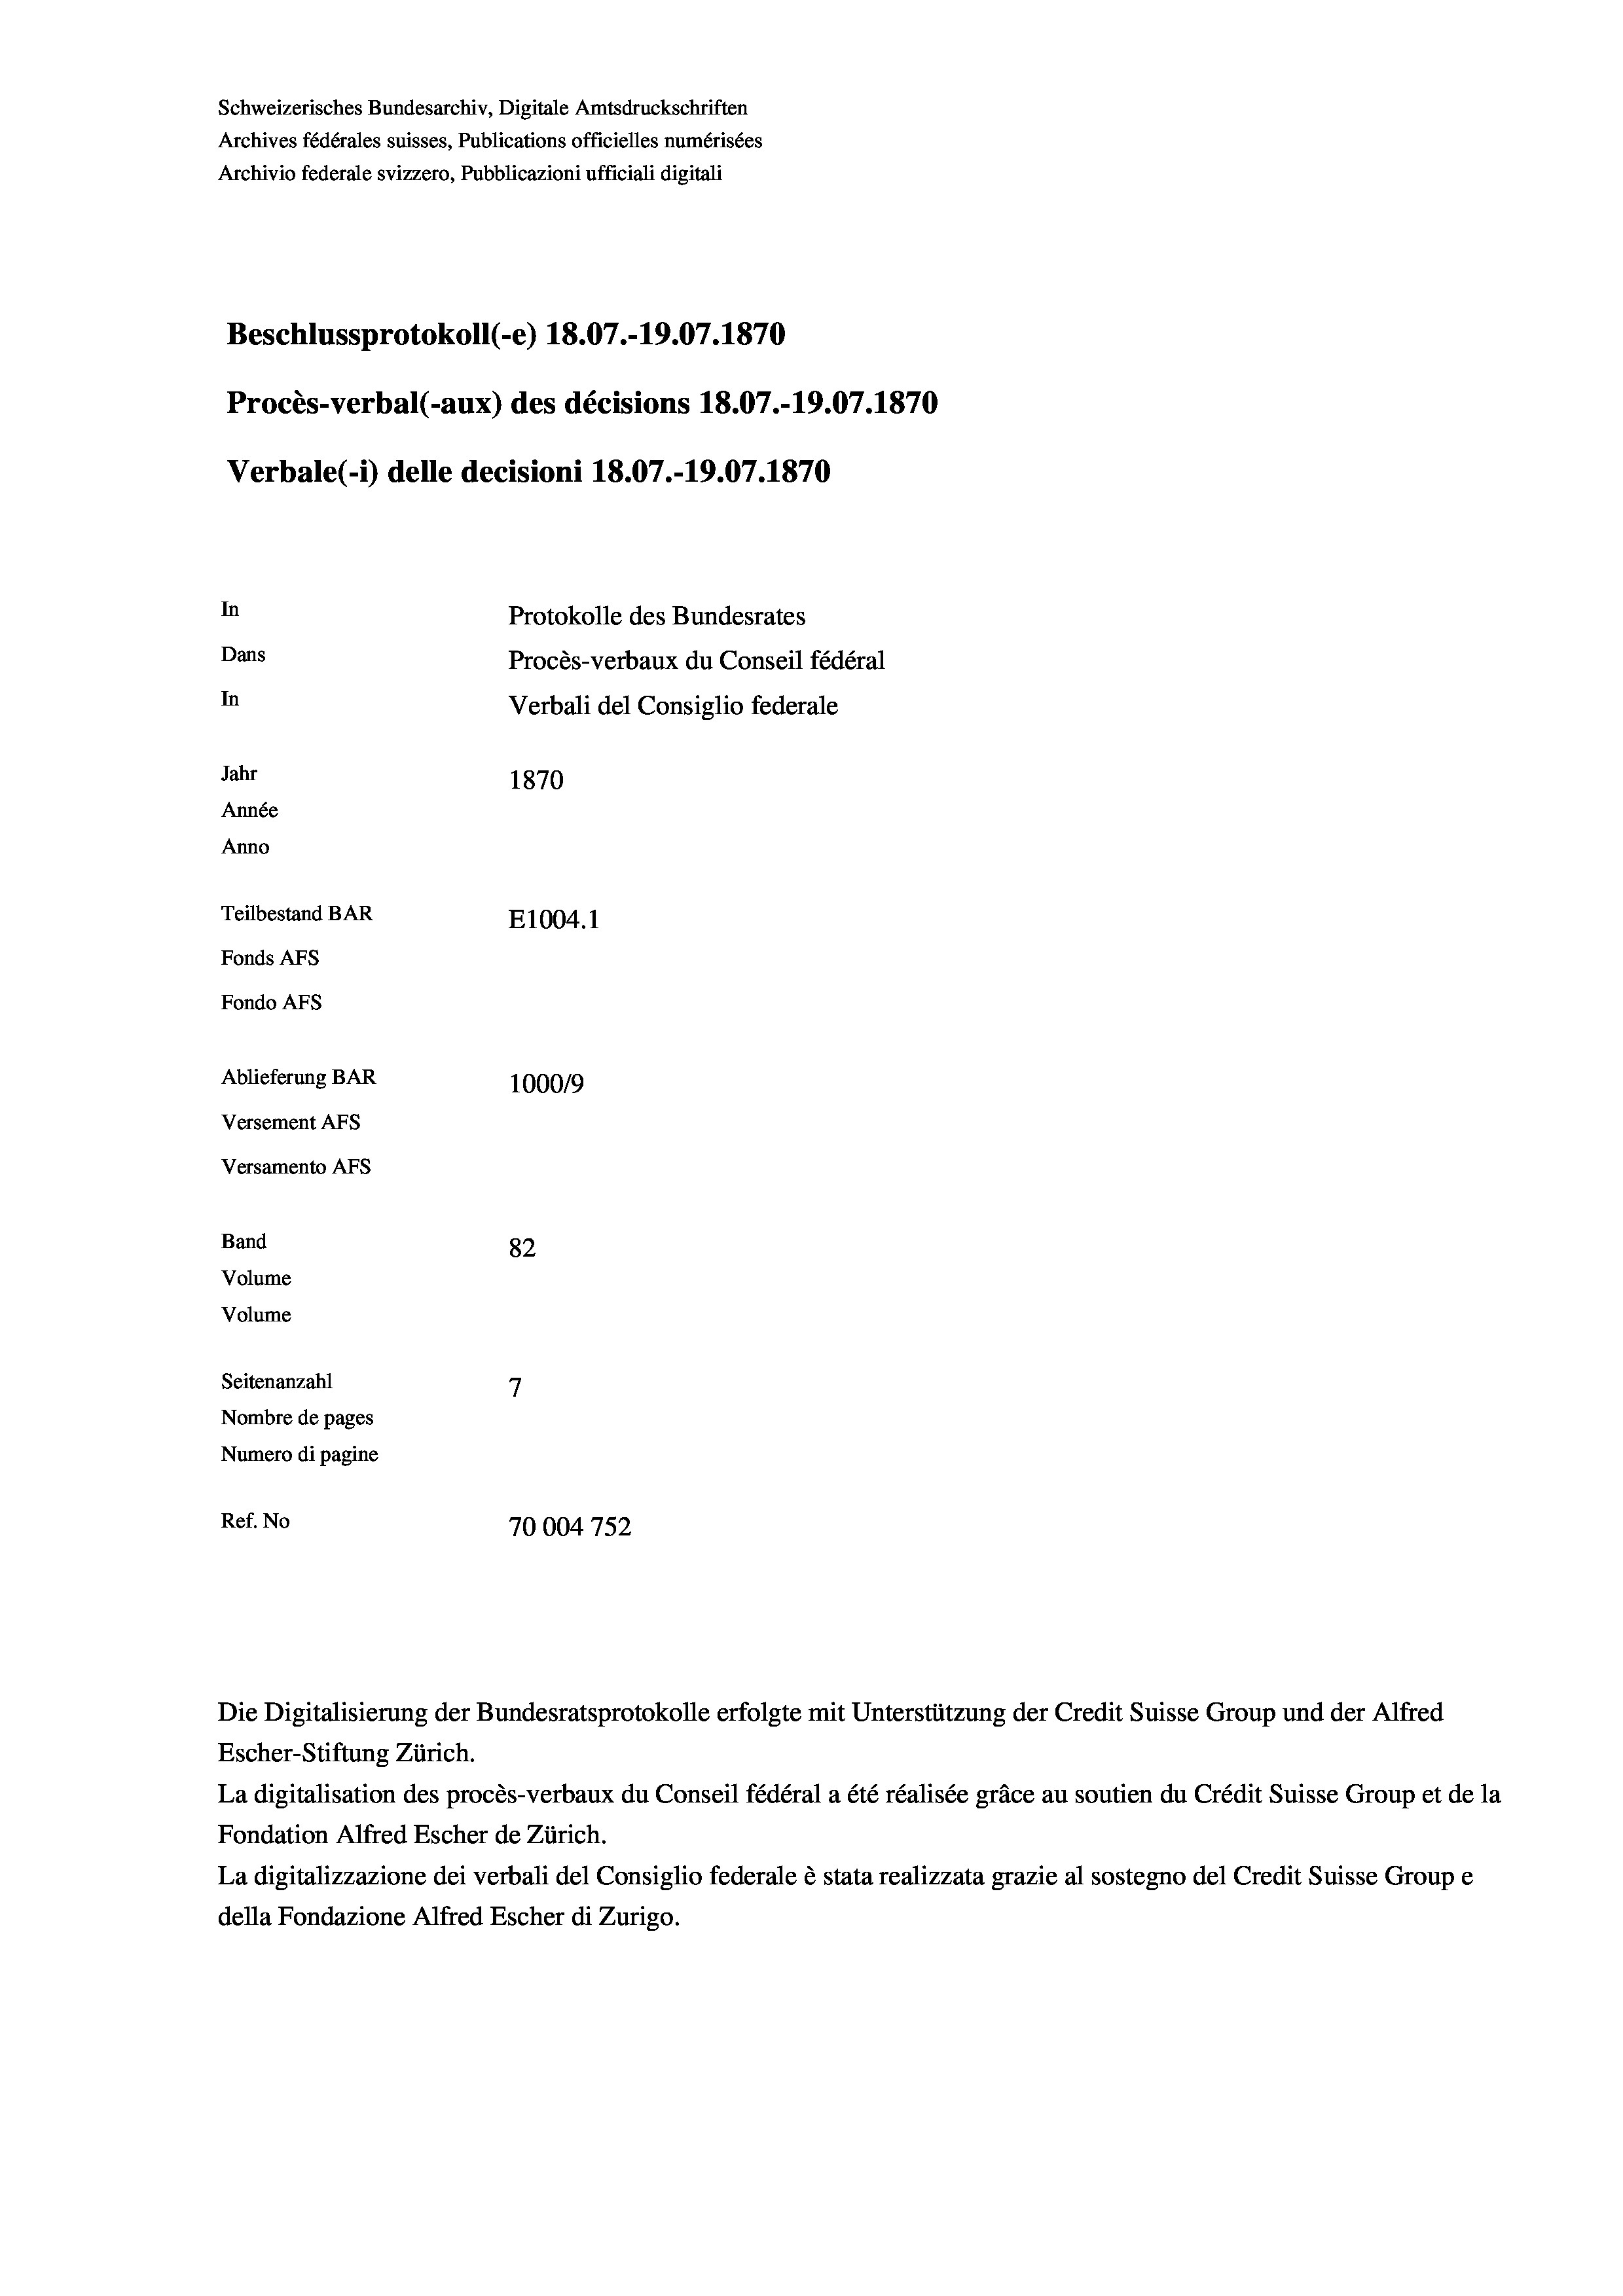
Schweizerisches Bundesarchiv, Digitale Amtsdruckschriften
Archives fédérales suisses, Publications officielles numérisées
Archivio federale svizzero, Pubblicazioni ufficiali digitali
Beschlussprotokoll (-e) 18.07.-19.07. 1870
Procès-verbal (-aux) des décisions 18.07.-19.07. 1870
Verbale (- 1) delle decisioni 18.07.-19.07. 1870
In
Protokolle des Bundesrates
Dans
Procès-verbaux du Conseil fédéral
In
Verbali del Consiglio federale
Jahr
1870
Année
Anno
Teilbestand BAR
E1004.1
Fonds AFs
Fondo AFs
Ablieferung BAR
100019
Versement As

Versamento AFs
Band
Volume

82
7
Seitenanzahl
Nombre de pages
Numero di pagine
Ref. No
70004 752

Volume

Die Digitalisierung der Bundesratsprotokolle erfolgte mit Unterstützung der Credit Suisse Group und der Alfred
Escher-Stiftung Zürich.
La digitalisation des procès-verbaux du Conseil fédéral a été réalisée gräce au soutien du Crédit Suisse Group et de la
Fondation Alfred Escher de Zürich.
La digitalizzazione dei verbali del Consiglio federale è stata realizzata grazie al sostegno del Credit Suisse Groupe
della Fondazione Alfred Escher di Zurigo.